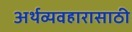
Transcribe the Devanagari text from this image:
अर्थव्यवहारासाठी